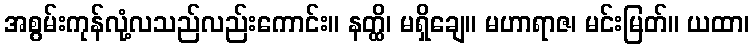
အစွမ်းကုန်လုံ့လသည်လည်းကောင်း။ နတ္ထိ၊ မရှိချေ။ မဟာရာဇ၊ မင်းမြတ်။ ယထာ၊